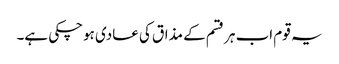
یہ قوم اب ہر قسم کے مذاق کی عادی ہوچکی ہے۔